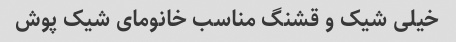
خیلی شیک و قشنگ مناسب خانومای شیک پوش